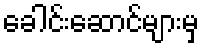
ခေါင်းဆောင်များမှ